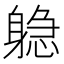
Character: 𬧫